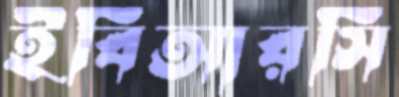
ইবিআরসি